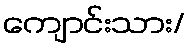
ကျောင်းသား/